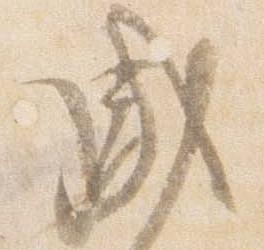
盛